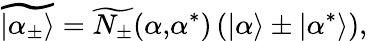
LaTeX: \widetilde{|\alpha_{\pm}\rangle}=\widetilde{N_{\pm}}(\alpha\mathrm{,}\alpha^{*})\left(|\alpha\rangle\pm|\alpha^{*}\rangle\right),